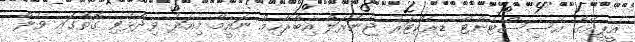
އީޕީއޭގެ އެސިސްޓެންޓް ޑިރެކްޓަރު ޖެނެރަލް އިބްރާހިމް ނައީމް މިއަދު ވިދާޅުވި ގޮތުގައި ވެލާ